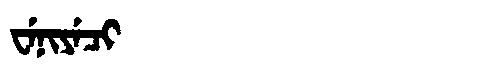
Manchu: ᠸᡝᠨᡳᠶᡝᠴᡳ
Romanization: WENIYECI